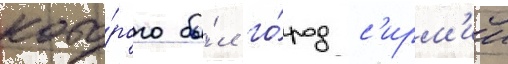
кото́рого бы́л го́род с'ирм'ии